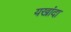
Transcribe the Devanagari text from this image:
यखांदा